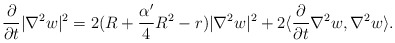
\begin{align*}\frac{\partial}{\partial t}|\nabla^2w|^2=2(R+\frac{\alpha'}{4}R^2-r)|\nabla^2 w|^2+2\langle\frac{\partial}{\partial t}\nabla^2w,\nabla^2w\rangle.\end{align*}